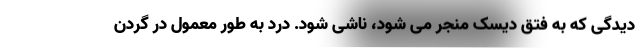
دیدگی که به فتق دیسک منجر می شود، ناشی شود. درد به طور معمول در گردن